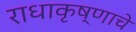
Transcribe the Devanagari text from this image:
राधाकृष्णाचे